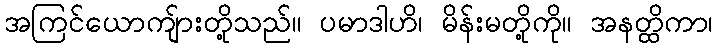
အကြင်ယောကျ်ားတို့သည်။ ပမာဒါဟိ၊ မိန်းမတို့ကို။ အနတ္ထိကာ၊